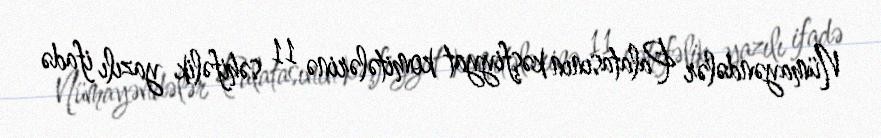
Nümayəndələr Palatasının kəşfiyyat komitələrinə 11 səhifəlik yazılı ifadə